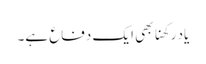
یاد رکھنا بھی ایک دفاع ہے۔